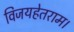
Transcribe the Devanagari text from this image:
विजयहेतराम।